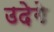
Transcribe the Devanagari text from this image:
उदेगे